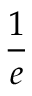
\frac { 1 } { e }